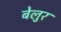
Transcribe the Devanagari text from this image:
बेलुर